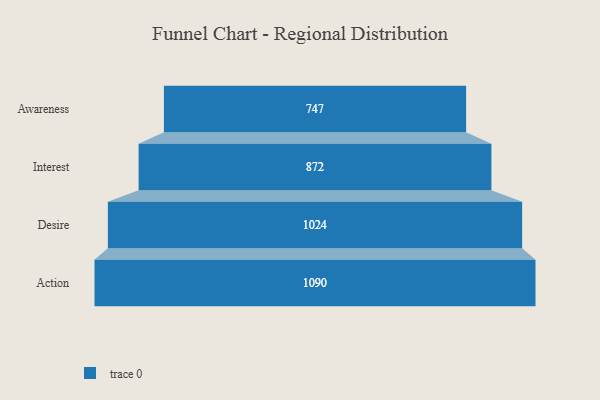
{"axis": {"x": "Stage", "y": "Value"}, "legend": [""], "data": [{"x": "Awareness", "y": 747.0, "type": ""}, {"x": "Interest", "y": 872.0, "type": ""}, {"x": "Desire", "y": 1024.0, "type": ""}, {"x": "Action", "y": 1090.0, "type": ""}]}